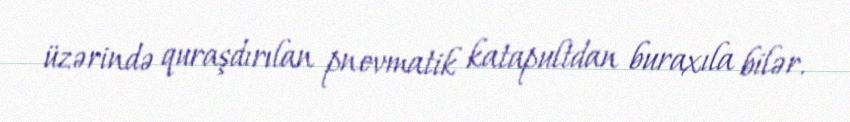
üzərində quraşdırılan pnevmatik katapultdan buraxıla bilər.